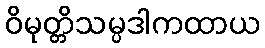
ဝိမုတ္တိသမ္ပဒါကထာယ